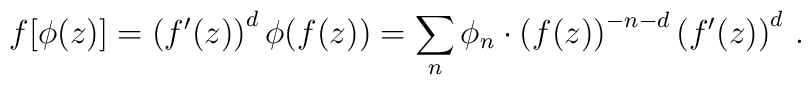
f[\phi(z)] = \left(f'(z)\right)^d\phi\bigl(f(z)\bigr)=\sum_{n}\phi_n\cdot \left(f(z)\right)^{-n-d}\left(f'(z)\right)^d\,.